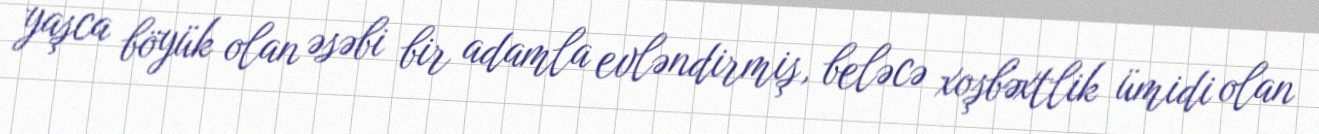
yaşca böyük olan əsəbi bir adamla evləndirmiş, beləcə xoşbəxtlik ümidi olan